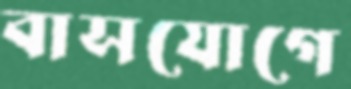
বাসযোগে